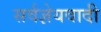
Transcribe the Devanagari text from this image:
सर्वज्ञेयवादी